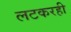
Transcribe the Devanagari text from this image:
लटकरही